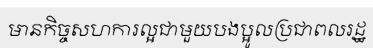
មានកិច្ចសហការល្អជាមួយបងប្អូលប្រជាពលរដ្ឋ